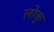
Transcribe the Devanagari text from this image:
लोकु